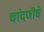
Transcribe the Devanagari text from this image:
चांदणीचे